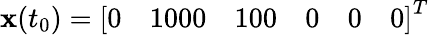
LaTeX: \mathbf{x}(t_{0})=\left[\begin{array}{llllll}{0}&{1000}&{100}&{0}&{0}&{0}\end{array}\right]^{T}